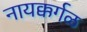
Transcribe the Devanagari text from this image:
नायक्कर्गळ